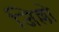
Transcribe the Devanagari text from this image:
जिल्लो